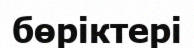
бөріктері